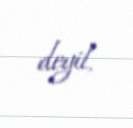
deyil.